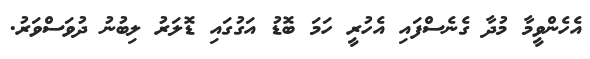
އެހެންވީމާ މުދާ ގެނެސްފައި އެހުރީ ހަމަ ބޮޑު އަގުގައި ޑޮލަރު ލިބުނު ދުވަސްވަރު.